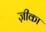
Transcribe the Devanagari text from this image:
ज़ीका